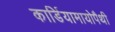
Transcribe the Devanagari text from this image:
कार्डियामायोपैथी